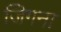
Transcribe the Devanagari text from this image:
जिगना